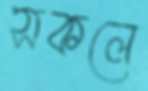
সকলে